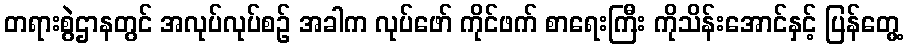
တရားစွဲဌာနတွင် အလုပ်လုပ်စဉ် အခါက လုပ်ဖော် ကိုင်ဖက် စာရေးကြီး ကိုသိန်းအောင်နှင့် ပြန်တွေ့